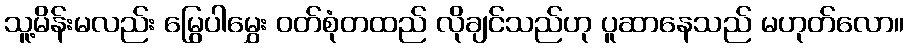
သူ့မိန်းမလည်း မြွေပါမွှေး ဝတ်စုံတထည် လိုချင်သည်ဟု ပူဆာနေသည် မဟုတ်လော။